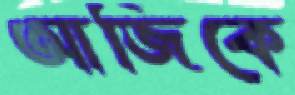
আজিকে